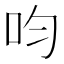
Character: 呁